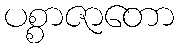
ပစ္စာဇာတော